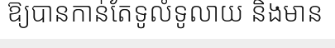
ឱ្យបានកាន់តែទូលំទូលាយ និងមាន